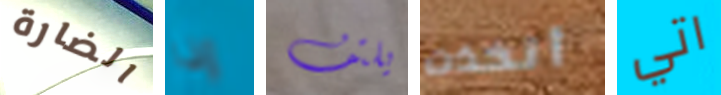
الضارة إذا يلتف أتخذت اتي